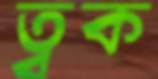
ত্বক